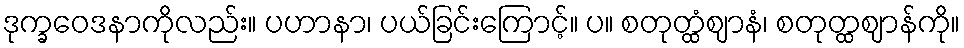
ဒုက္ခဝေဒနာကိုလည်း။ ပဟာနာ၊ ပယ်ခြင်းကြောင့်။ ပ။ စတုတ္ထံဈာနံ၊ စတုတ္ထဈာန်ကို။